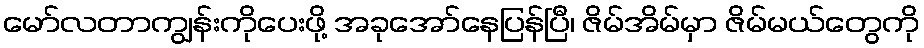
မော်လတာကျွန်းကိုပေးဖို့ အခုအော်နေပြန်ပြီ၊ ဇိမ်အိမ်မှာ ဇိမ်မယ်တွေကို